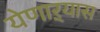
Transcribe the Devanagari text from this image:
येणाऱ्यास